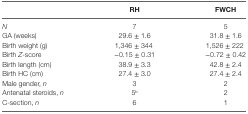
|  | RH | FWCH |
 | --- | --- | --- |
 | N | 7 | 5 |
 | GA (weeks) | 29.6 ± 1.6 | 31.8 ± 1.6 |
 | Birth weight (g) | 1,346 ± 344 | 1,526 ± 222 |
 | Birth Z-score | −0.15 ± 0.31 | −0.72 ± 0.42 |
 | Birth length (cm) | 38.9 ± 3.3 | 42.8 ± 2.4 |
 | Birth HC (cm) | 27.4 ± 3.0 | 27.4 ± 2.4 |
 | Male gender, n | 3 | 2 |
 | Antenatal steroids, n | 5b | 2 |
 | C-section, n | 6 | 1 |